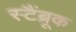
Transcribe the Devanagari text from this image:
स्टैंब्रूक